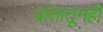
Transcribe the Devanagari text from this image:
प्रांतातूनही